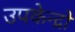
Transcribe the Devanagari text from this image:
उपकेन्द्रों